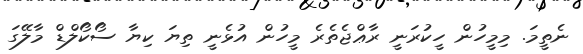
ނެތީމަ. މިމީހުން ހީކުރަނީ ރާޢްޖެތެރެ މީހުން އުޅެނީ ތިޔަ ކިޔާ ސޯކޯލްޑް މާލޭގަ